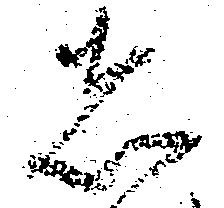
者